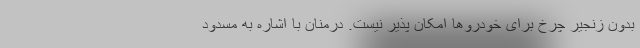
بدون زنجیر چرخ برای خودروها امکان پذیر نیست. درمنان با اشاره به مسدود